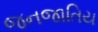
જનજાતિય